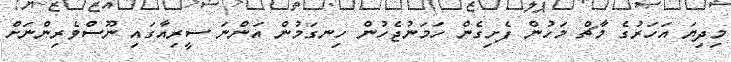
މިދިޔަ އަހަރުގެ މާޗް މަހުން ފެށިގެން ހަމަނުޖެހުން ހިނގަމުން އަންނަ ސީރިއާގައި ނޫސްވެރިންނަށް